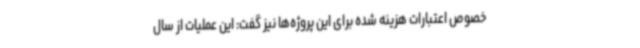
خصوص اعتبارات هزینه شده برای این پروژه‌ها نیز گفت: این عملیات از سال